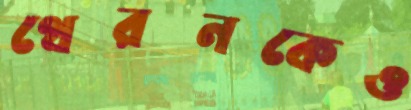
থেরনকেও